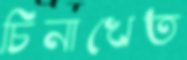
চিনাখেত